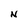
Character: N